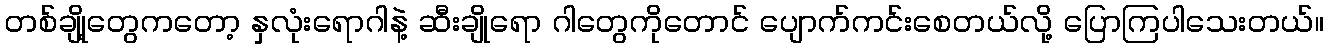
တစ်ချို့တွေကတော့ နှလုံးရောဂါနဲ့ ဆီးချိုရော ဂါတွေကိုတောင် ပျောက်ကင်းစေတယ်လို့ ပြောကြပါသေးတယ်။